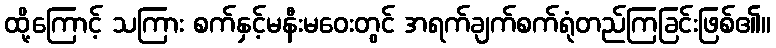
ထို့ကြောင့် သကြား စက်နှင့်မနီးမဝေးတွင် အရက်ချက်စက်ရုံတည်ကြခြင်းဖြစ်၏။